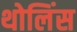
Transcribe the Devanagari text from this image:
थोलिंस